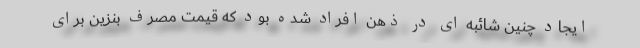
ایجاد چنین شائبه ای در ذهن افراد شده بود که قیمت مصرف بنزین برای